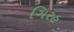
ગિરહ